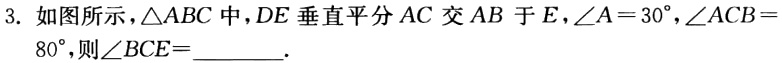
3. 如图所示，\(\triangle ABC\)中，\(DE\)垂直平分\(AC\)交\(AB\)于\(E\)，\(\angle A = 30^{\circ}\)，\(\angle ACB = 80^{\circ}\)，则\(\angle BCE = \_\_\_\_\_.\)